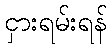
ငှားရမ်းရန်